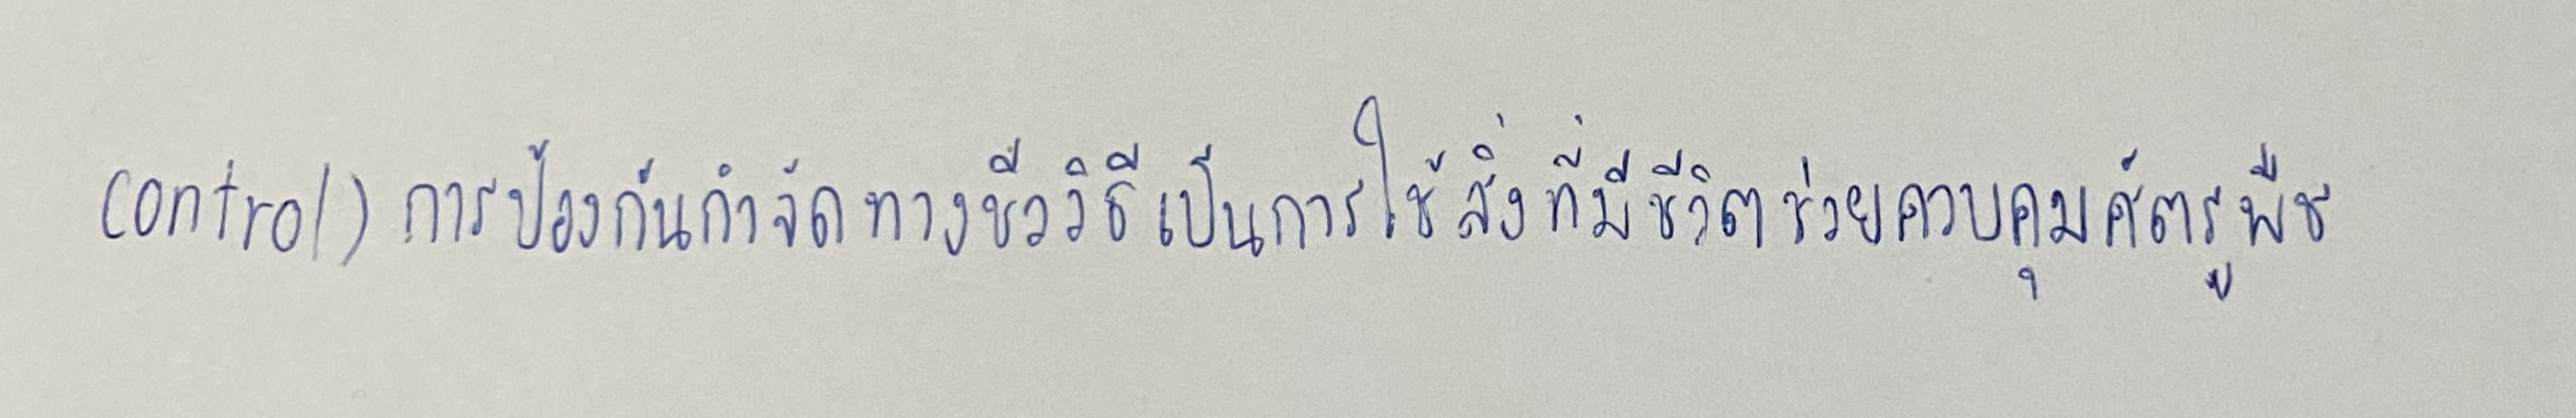
control)การป้องกันกำจัดทางชีววิธีเป็นการใช้สิ่งที่มีชีวิตช่วยควบคุมศัตรูพืช